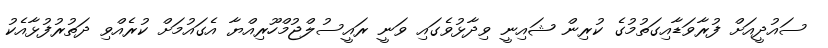
ސައުދީއަށް ފުރާވަޑާއިގަތުމުގެ ކުރިން ޝައިނީ ވިދާޅުވެގައި ވަނީ ރައީސުލްޖުމްހޫރިއްޔާ އެގައުމަށް ކުރެއްވި ދަތުރުފުޅާއެކު